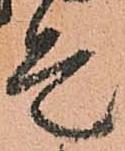
走